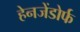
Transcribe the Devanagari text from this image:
हेनजेंडोर्फ